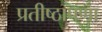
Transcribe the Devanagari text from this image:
प्रतीष्ठापणा